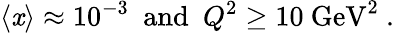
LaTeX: \langle\mathit{x}\rangle\approx10^{-3}~~\mathrm{{and}}~~Q^{2}\ge10~\mathrm{{GeV}}^{2}\ .